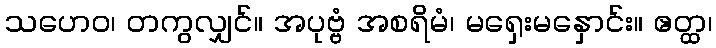
သဟေဝ၊ တကွလျှင်။ အပုဗ္ဗံ အစရိမံ၊ မရှေးမနှောင်း။ ဧတ္ထ၊